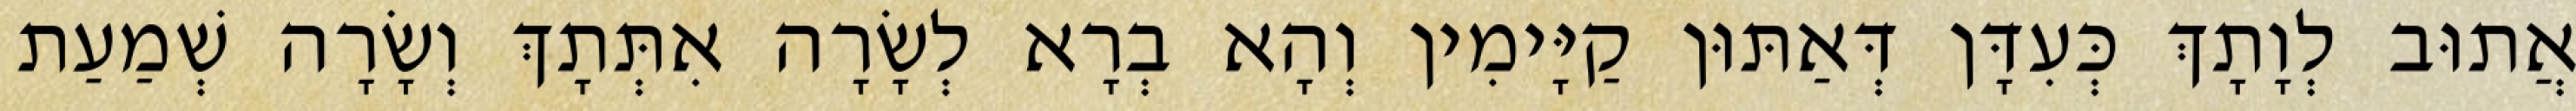
אֲתוּב לְוָתָךְ כְּעִדָּן דְּאַתּוּן קַיָּימִין וְהָא בְרָא לְשָׂרָה אִתְּתָךְ וְשָׂרָה שְׁמַעַת